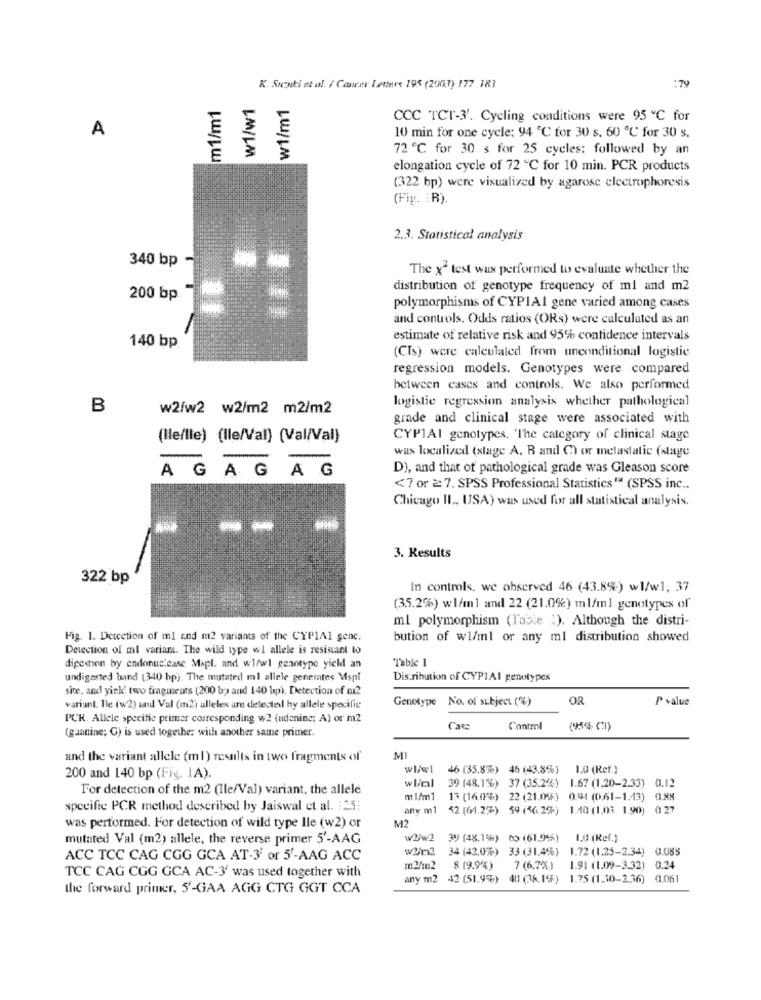
K. Suzuki et al. / Cancer Lettere 195 (2003) 177 183
:79
m1/m1
W1/w1
w1/m1
CCC TCT-3'. Cycling conditions were 95 ℃ for
A
10 min for one cycle; 94 ℃ for 30 s. 60 ℃ for 30 s.
72 ℃ for 30 s for 25 cycles; followed by an
elongation cycle of 72 ℃ for 10 min. PCR products
(322 bp) were visualized by agarose electrophoresis
(Fig. : R).
2.3. Statistical analysis
340 bp
The x2 test was performed to evaluate whether the
distribution of genotype frequency of ml and m2
200 bp
polymorphisms of CYPIAI gene varied among cases
and controls. Odds ratios (ORs) were calculated as an
estimate of relative risk and 95% confidence intervals
140 bp.
(CIs) were calculated from unconditional logistic
regression models. Genotypes were compared
between cases and controls. We also performed
B
w2/w2 w2/m2 m2/m2
logistic regression analysis whether pathological
grade and clinical stage were associated with
(Ile/lle) (lle/Val) (Val/Val)
CYP1AI genotypes. 'The category of clinical stage
was localized (stage A. R and C) or melastatic (stage
AGAGAG
D), and that of pathological grade was Gleason score
<7 or 2:7. SPSS Professional Statistics"" (SPSS inc ..
Chicago II ., USA) was used for all statistical analysis.
3. Results
322 bp
In controls, we observed 46 (43.8%) w1/w1, 37
(3.5.2%) wl/m1 and 22 (21.0%) ml/ml genotypes of
ml polymorphism (Tabte :). Although the distri-
Fig. 1. Detection of ml and m2 variants of the CYP1A1 genc.
bution of w1/ml or any ml distribution showed
Detection of ml variant. The wild type wl allele is resistant to
Table 1
digestion by endonucicase Mapl. and w1/wl genotype yield an
undigested band (340 bp). The mutated ml allele generates Mspl
Distribution of CYPIAI genotypes
site, and yiek two fragments (200 ba and 140 bp). Detection of m2
Genotype No. of subject ('%)
OR
P value
variant. Ile (w2) und Val (m2) alleles are detected hy allele specific
PCH. Allele specific primer corresponding w2 (adenine; A) or m2
(guanine; G) is used together with another same primer.
Cas
Control
(95% CI)
and the variant allele (ml) results in two fragments of
MI
46 (35.8%) 46 (43.8%) 1.0 (Ref.)
200 and 140 bp (Fig. IA).
For detection of the m2 (Ile/Val) variant, the allele
wliml
39 (48.1%) 37 (35.2%) 1.67 (1.20-2.33) 0.12
m 1/m1
13 (16.01%) 22 (21.0%) 0.94 (0.61-1.43) 0.88
specific PCR method described by Jaiswal et al. : 25:
any m1 52 [(1.26) 59 (56.2%) 1.40 (1,03 1.90) 0 27
was performed. For detection of wild type lle (w2) or
M2
mutated Val (m2) allele, the reverse primer 5'-AAG
w2/w2 39 (48.1%) 05 (61.9% )
1.0 (Ref.)
w2im2
34 (42,0%) 33 (31.4%) 1.72 (1.25-2.34) 0.085
ACC TCC CAG CGG GCA AT-3' or 5'-AAG ACC
m2/m2 8 (9.9%)
7 (6.7%)
1.91 (1.09-3.32) 0.24
TCC CAG CGG GCA AC-3' was used together with
any m2 42 (51.9%) 401 (38.1%) 1.75 (1.30-2.36) 0.061
the forward primer, 5'-GAA AGG CTG GGT CCA